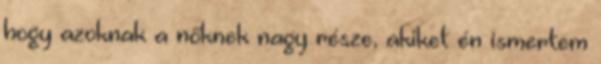
hogy azoknak a nőknek nagy része, akiket én ismertem